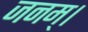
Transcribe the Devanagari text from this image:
जनम्।